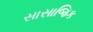
સાસાજિક